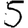
Digit: 5